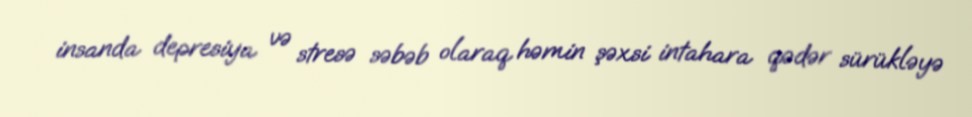
insanda depresiya və stresə səbəb olaraq həmin şəxsi intahara qədər sürükləyə